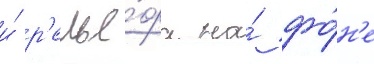
и́ р'елье́фа на́ фо́н'е